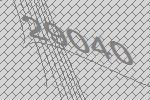
29040